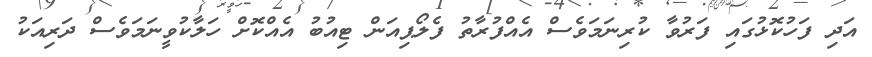
އަދި ފަހުކޮޅުގައި ފަރުވާ ކުރިނަމަވެސް އެއްފުރާތު ފެލޯޕިއަން ޓިއުބު އެއްކޮށް ހަލާކުވީނަމަވެސް ދަރިއަކު